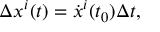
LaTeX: \Delta x ^ { i } ( t ) = \dot { x } ^ { i } ( t _ { 0 } ) \Delta t ,